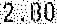
2.80